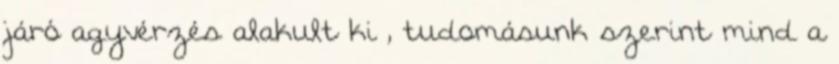
járó agyvérzés alakult ki , tudomásunk szerint mind a